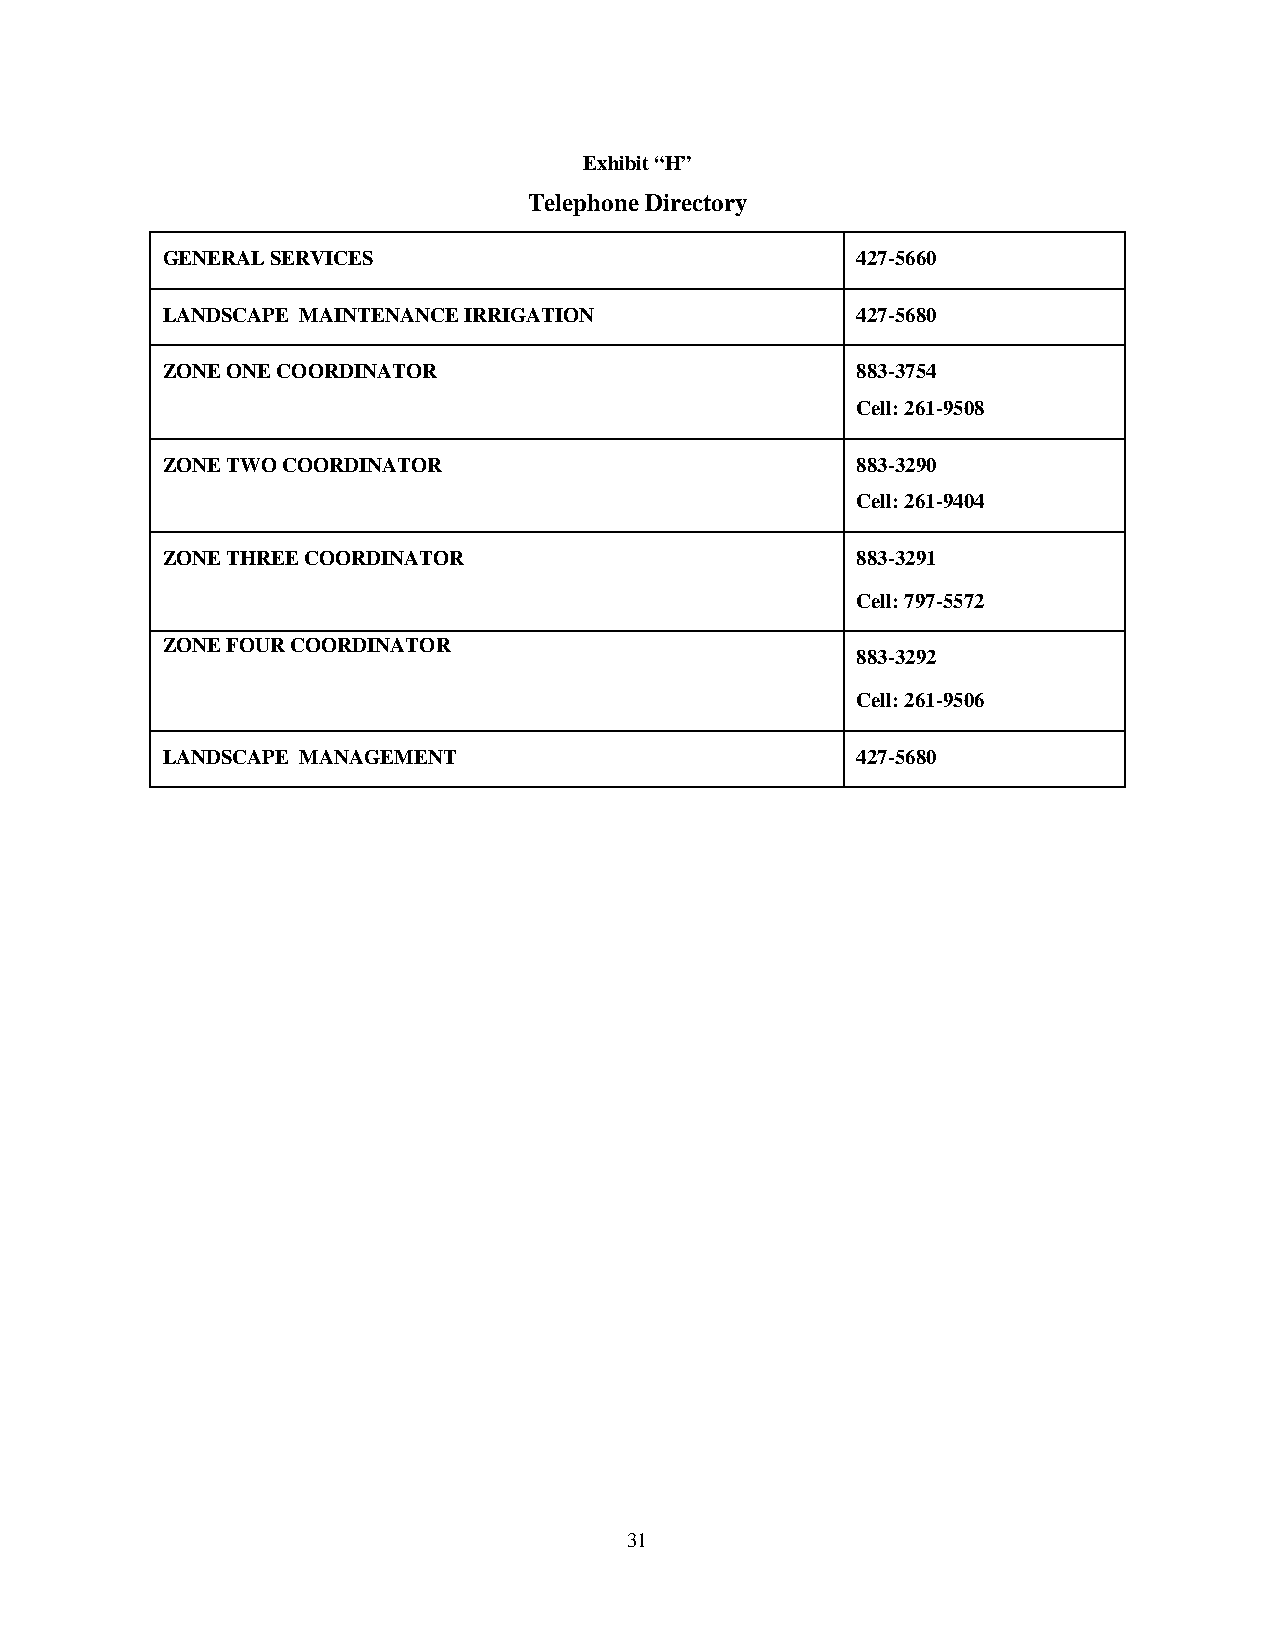
Exhibit “H”
 Telephone Directory
 GENERAL SERVICES                              427-5660
 LANDSCAPE MAINTENANCE IRRIGATION              427-5680
 ZONE ONE COORDINATOR                          883-3754
 Cell: 261-9508
 ZONE TWO COORDINATOR                          883-3290
 Cell: 261-9404
 ZONE THREE COORDINATOR                        883-3291
 Cell: 797-5572
 ZONE FOUR COORDINATOR
 883-3292
 Cell: 261-9506
 LANDSCAPE MANAGEMENT                          427-5680
 31